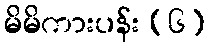
မိမိကားပန်း (၆)